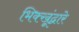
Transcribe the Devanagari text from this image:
भिक्खूंद्वारे